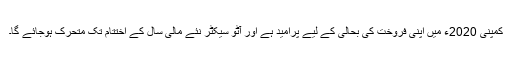
کمپنی 2020ء میں اپنی فروخت کی بحالی کے لیے پرامید ہے اور آٹو سیکٹر نئے مالی سال کے اختتام تک متحرک ہوجائے گا۔